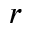
\boldsymbol { r }